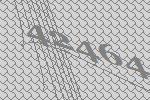
42464